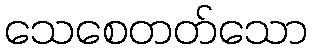
သေစေတတ်သော